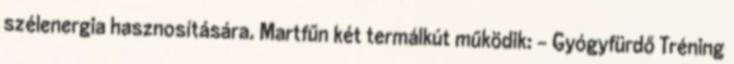
szélenergia hasznosítására. Martfűn két termálkút működik: - Gyógyfürdő Tréning